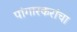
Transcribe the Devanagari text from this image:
पांगारकरांचा